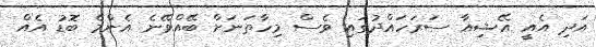
އަދި އެއީ އޭޝިއާ ސަރަހައްދުގައި ވެސް މިހާތަނަށް ބޭއްވޭނެ އެންމެ ބޮޑު އެއް